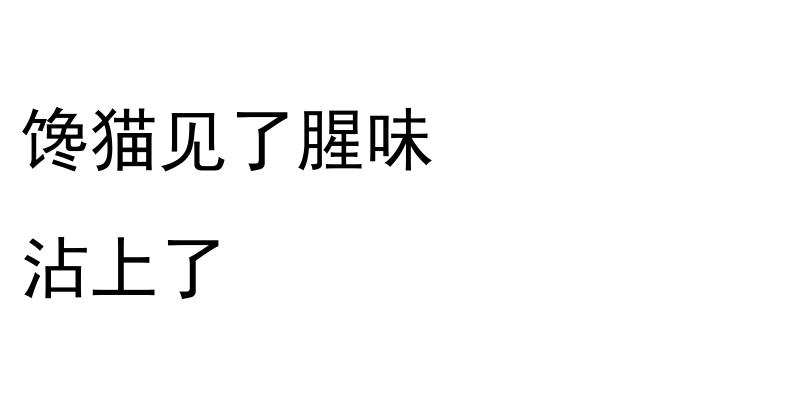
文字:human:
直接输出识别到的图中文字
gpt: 馋猫见了腥味 沾上了